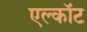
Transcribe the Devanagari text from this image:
एल्कॉट